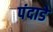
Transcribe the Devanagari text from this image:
पंदाडे